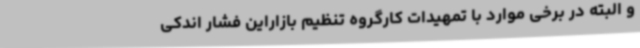
و البته در برخی موارد با تمهیدات کارگروه تنظیم بازاراین فشار اندکی